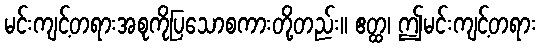
မင်းကျင့်တရားအစုကိုပြသောစကားတို့တည်း။ ဧတ္ထ၊ ဤမင်းကျင့်တရား